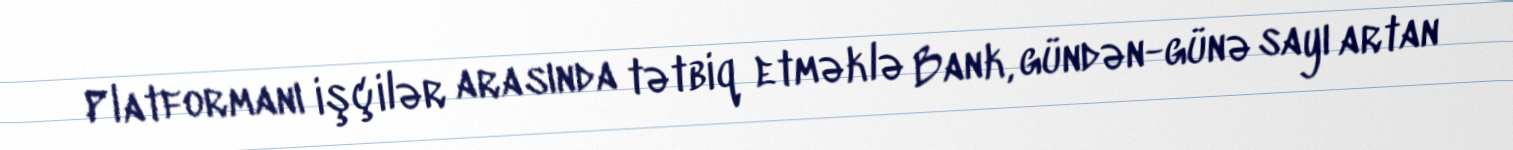
Platformanı işçilər arasında tətbiq etməklə Bank, gündən-günə sayı artan